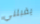
يقبلني